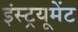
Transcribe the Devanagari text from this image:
इंस्ट्रयूमेंट